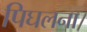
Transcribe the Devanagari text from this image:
पिघलना।